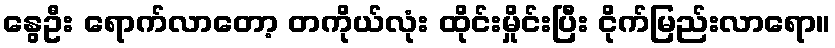
နွေဦး ရောက်လာတော့ တကိုယ်လုံး ထိုင်းမှိုင်းပြီး ငိုက်မြည်းလာရော။